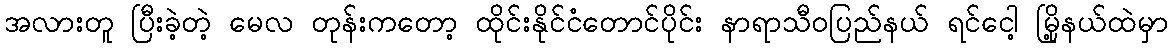
အလားတူ ပြီးခဲ့တဲ့ မေလ တုန်းကတော့ ထိုင်းနိုင်ငံတောင်ပိုင်း နာရာသီဝပြည်နယ် ရင်ငေါ့ မြို့နယ်ထဲမှာ